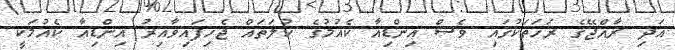
އަދި ރާއްޖޭގެ ރަހަތަކުގައި ވެސް އިންޑިއާ ކެއުމުގެ ކުލަތައް ޖެހިފައިވާއިރު އިންޑިއާ ކެއުމަކީ